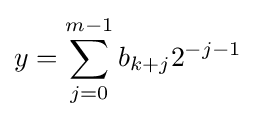
y=\sum _{j=0}^{m-1}b_{k+j}2^{-j-1}